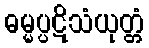
ဓမ္မပ္ပဋိသံယုတ္တံ